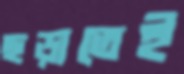
ছড়াতেই